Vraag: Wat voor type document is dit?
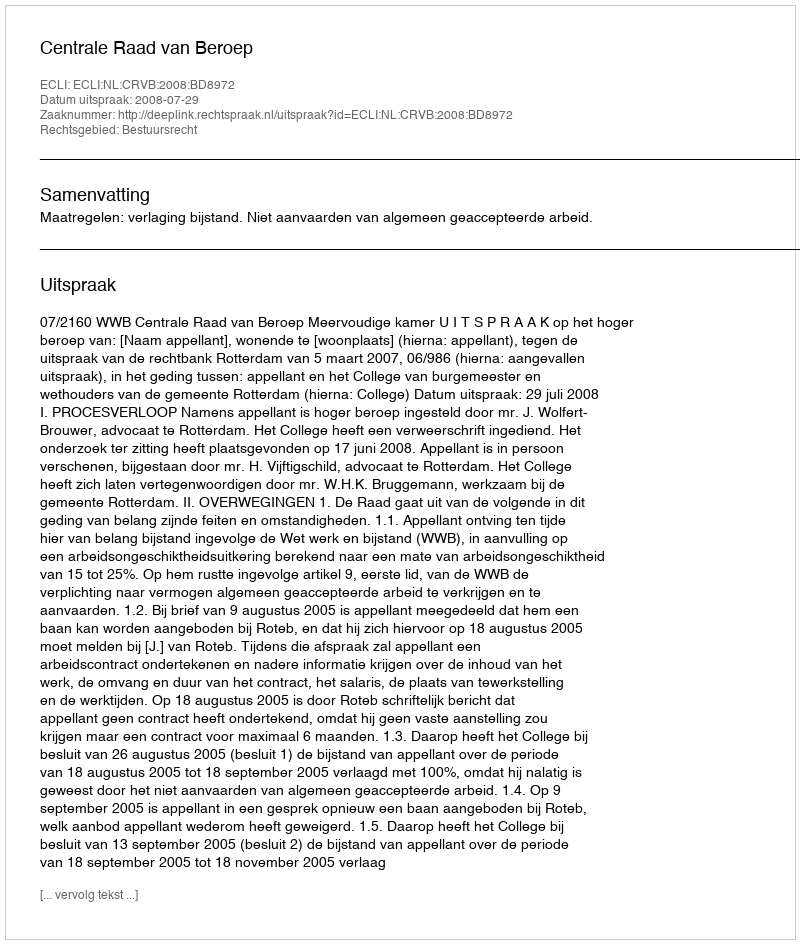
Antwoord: Uitspraak